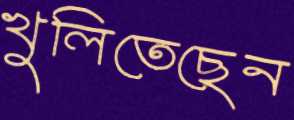
খুলিতেছেন